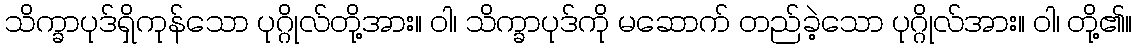
သိက္ခာပုဒ်ရှိကုန်သော ပုဂ္ဂိုလ်တို့အား။ ဝါ၊ သိက္ခာပုဒ်ကို မဆောက် တည်ခဲ့သော ပုဂ္ဂိုလ်အား။ ဝါ၊ တို့၏။